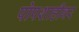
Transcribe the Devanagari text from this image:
पोपशाहीवर